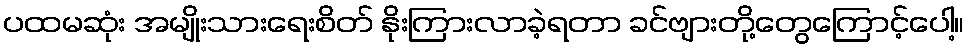
ပထမဆုံး အမျိုးသားရေးစိတ် နိုးကြားလာခဲ့ရတာ ခင်ဗျားတို့တွေကြောင့်ပေါ့။